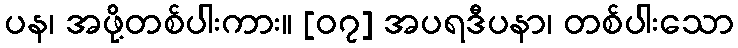
ပန၊ အဖို့တစ်ပါးကား။ [၀၇] အပရဒီပနာ၊ တစ်ပါးသော